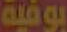
بوفية